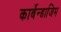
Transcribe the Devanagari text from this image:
कार्बेन्डाजिम